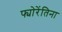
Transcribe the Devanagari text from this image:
फ्योरेंतिना